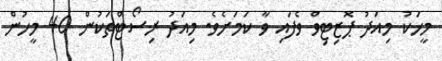
މީހަކު މިއަދު ޕޮޒިޓިވް ވެފައި ވާ ކަމަށެވެ. މިއަދު ރިސޯޓްތަކުން 40 މީހުން